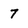
Character: 7